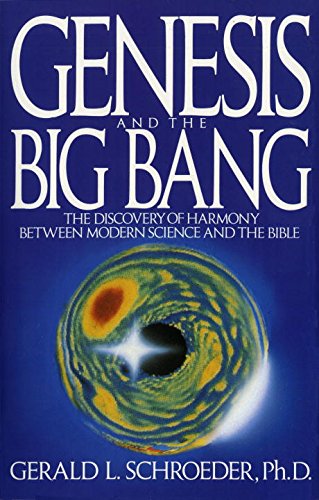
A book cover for Genesis and the Big Bang: The Discovery Of Harmony Between Modern Science And The Bible; Gerald Schroeder; Religion & Spirituality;